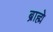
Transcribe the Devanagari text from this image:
ब्राह्मे